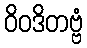
ဝိဝဒိတဗ္ဗံ